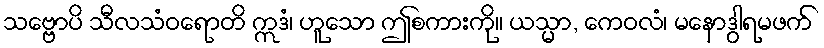
သဗ္ဗောပိ သီလသံဝရောတိ ဣဒံ၊ ဟူသော ဤစကားကို။ ယသ္မာ, ကေဝလံ၊ မနောဒွါရမဖက်